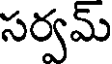
సర్వమ్